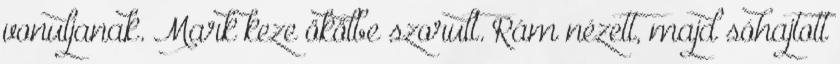
vonuljanak. Mark keze ökölbe szorult. Rám nézett, majd sóhajtott